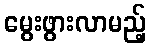
မွေးဖွားလာမည့်